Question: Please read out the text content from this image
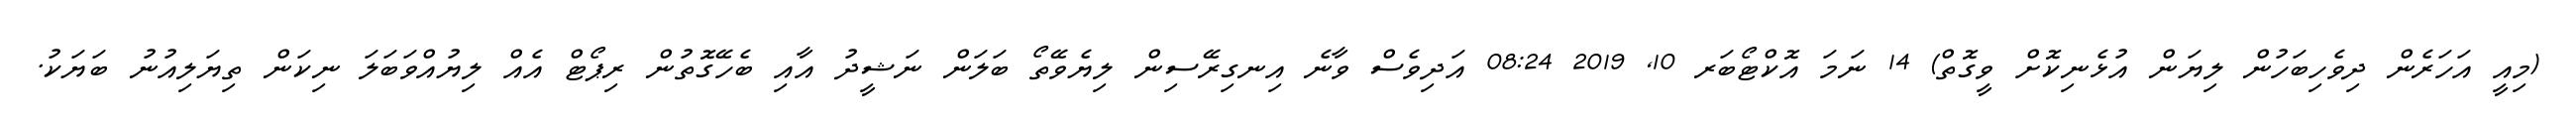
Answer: (މިއީ އަހަރެން ދިވެހިބަހުން ލިޔަން އުޅެނިކޮށް ވީގޮތް) 14 ނަމަ އޮކްޓޯބަރ 10, 2019 08:24 އަދިވެސް ވާނެ އިނގިރޭސިން ލިޔެވޭތޯ ބަލަން ނަޝީދު އާއި ބެހޭގޮތުން ރިޕޯޓް އެއް ލިޔުއްވަބަލަ ނިކަން ތިޔަލިއުނު ބަޔަކު.